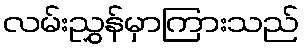
လမ်းညွှန်မှာကြားသည်